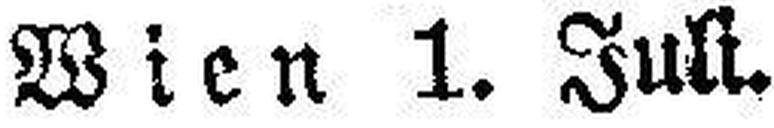
Wien 1. Juli.